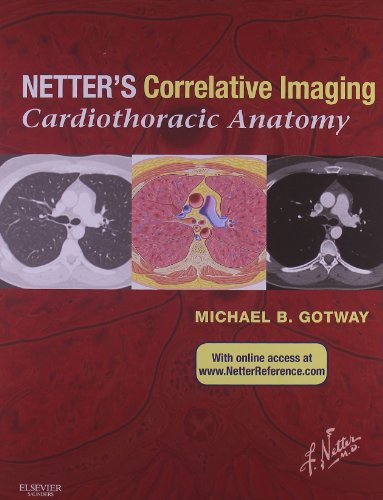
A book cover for Netter's Correlative Imaging: Cardiothoracic Anatomy: with Online Access at www.NetterReference.com, 1e (Netter Clinical Science); Michael Gotway MD; Medical Books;